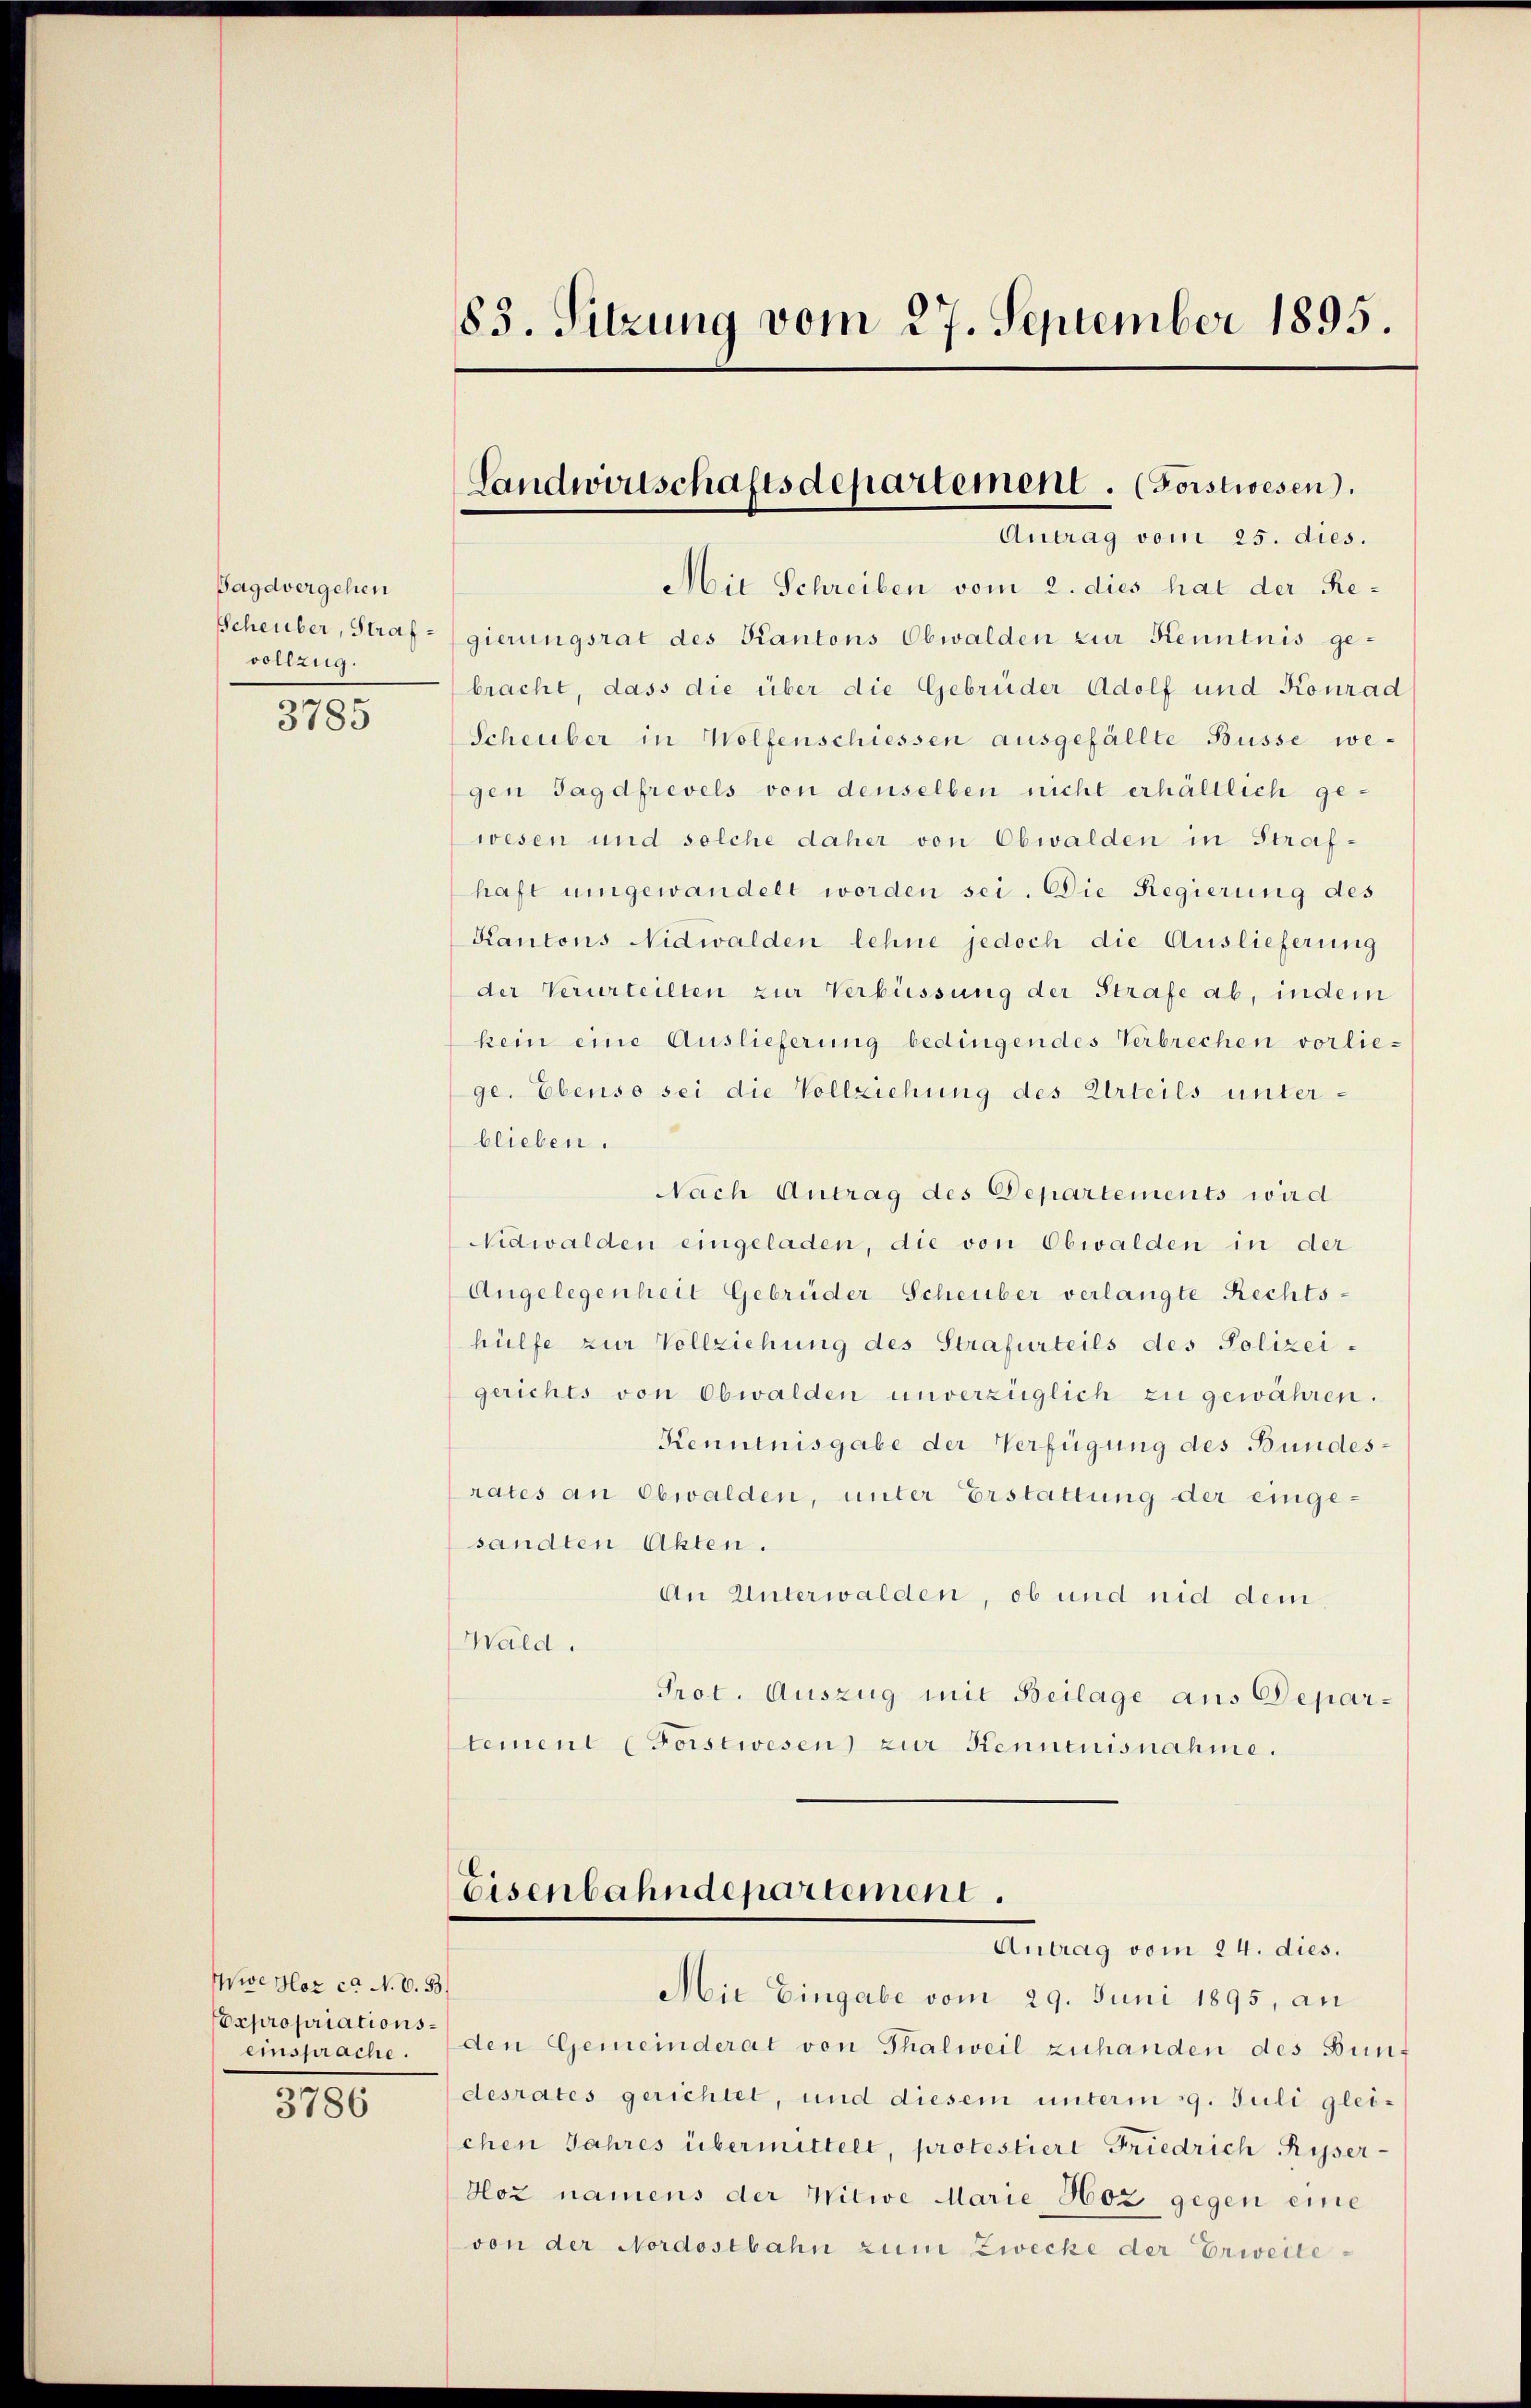
Sagdvergehen
vollzug.

3785

Wwe Hor ca N. V. 33.
Expropriationseinsprache.

3786

83. Sitzung vom 27. September 1895.

Mit Schreiben vom 2. dies hat der Re¬
Scheuber, Straf-gierungsrat des Kantons Obwalden zur Kenntnis ge-
bracht, dass die über die Gebrüder Adolf und Konrad
Scheuber in Wolfenschiessen ausgefällte Busse wegen Jagdfrevels von denselben nicht erhältlich gewesen und solche daher von Obwalden in Strafhaft umgewandelt worden sei. Die Regierung des
Kantons Nidwalden lehne jedoch die Auslieferung
der Verurteilten zur Verbüssung der Strafe ab, indem
kein eine Auslieferung bedingendes Verbrechen vorliege. Ebenso sei die Vollziehung des Urteils unterblieben.
Nach Antrag des Departements wird
Nidwalden eingeladen, die von Obwalden in der
Angelegenheit Gebrüder Scheuber verlangte Rechts-
hülfe zur Vollziehung des Strafurteils des Polizei-
gerichts von Obwalden unverzüglich zu gewähren.
Kenntnisgabe der Verfügung des Bundesrates an Obwalden, unter Erstattung der eingesandten Akten.
An Unterwalden, ob und nid dem
Wald.
Prot. Auszug mit Beilage aus Departement (Forstwesen) zur Kenntnisnahme.

Landwirtschaftsdepartement. (Forstwesen.
Antrag vom 25. dies.

Eisenbahndepartement.
Antrag vom 24. dies.

Mit Eingabe vom 29. Juni 1895, an
den Gemeinderat von Thalweil zuhanden des Bundesrates gerichtet, und diesem unterm 29. Juli glei-
chen Jahres übermittelt, protestiert Friedrich-Kesser-
Hoz namens der Witwe Marie Hoz gegen eine
von der Nordostbahn zum Zwecke der Erweite¬